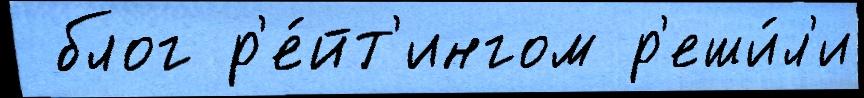
 блог р'е́йт'ингом р'еши́л'и